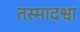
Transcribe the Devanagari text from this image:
तस्मादश्वा